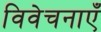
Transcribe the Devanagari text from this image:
विवेचनाएँ